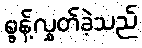
စွန့်လွှတ်ခဲ့သည်